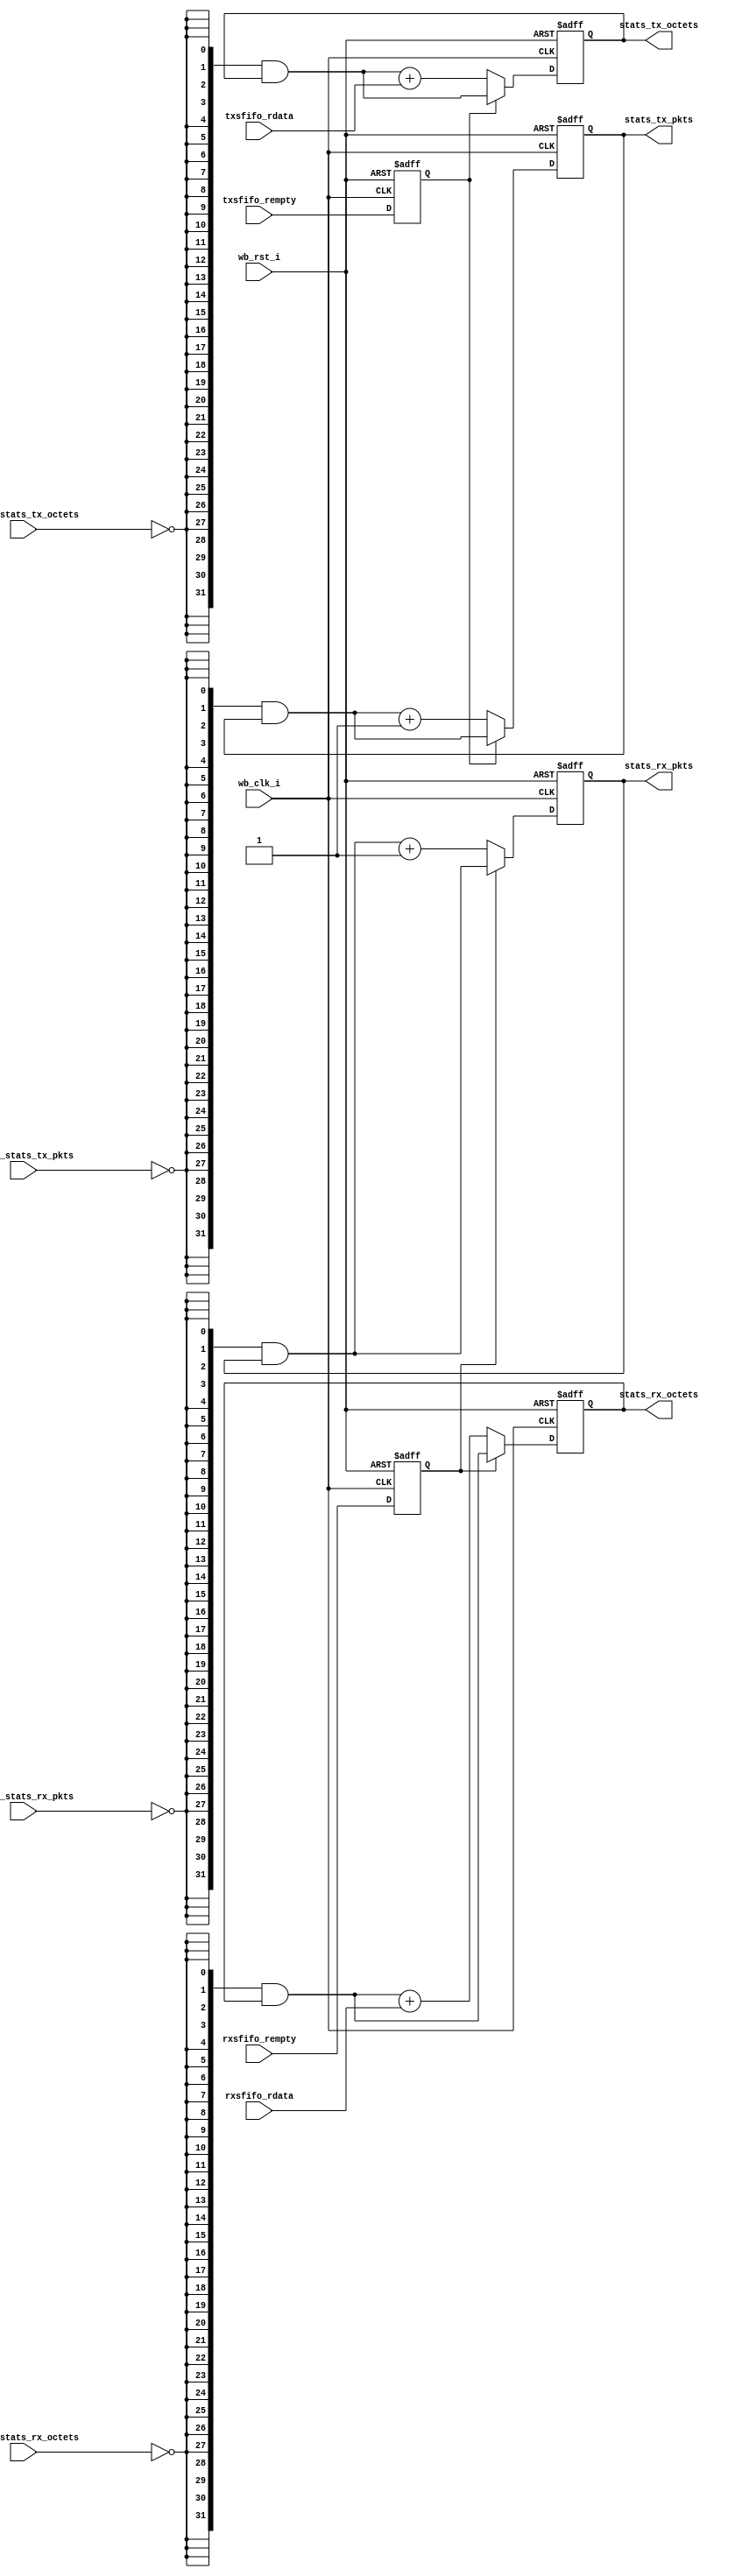
module stats_sm(/*AUTOARG*/
  // Outputs
  stats_tx_octets, stats_tx_pkts, stats_rx_octets, stats_rx_pkts,
  // Inputs
  wb_clk_i, wb_rst_i, txsfifo_rdata, txsfifo_rempty, rxsfifo_rdata,
  rxsfifo_rempty, clear_stats_tx_octets, clear_stats_tx_pkts,
  clear_stats_rx_octets, clear_stats_rx_pkts
  );


input         wb_clk_i;
input         wb_rst_i;

input  [13:0] txsfifo_rdata;
input         txsfifo_rempty;

input  [13:0] rxsfifo_rdata;
input         rxsfifo_rempty;

output [31:0] stats_tx_octets;
output [31:0] stats_tx_pkts;

output [31:0] stats_rx_octets;
output [31:0] stats_rx_pkts;

input         clear_stats_tx_octets;
input         clear_stats_tx_pkts;
input         clear_stats_rx_octets;
input         clear_stats_rx_pkts;

/*AUTOREG*/
// Beginning of automatic regs (for this module's undeclared outputs)
reg [31:0]              stats_rx_octets;
reg [31:0]              stats_rx_pkts;
reg [31:0]              stats_tx_octets;
reg [31:0]              stats_tx_pkts;
// End of automatics


/*AUTOWIRE*/

reg           txsfifo_rempty_d1;
reg           rxsfifo_rempty_d1;

reg [31:0]    next_stats_tx_octets;
reg [31:0]    next_stats_tx_pkts;

reg [31:0]    next_stats_rx_octets;
reg [31:0]    next_stats_rx_pkts;

always @(posedge wb_clk_i or posedge wb_rst_i) begin

    if (wb_rst_i == 1'b1) begin

        txsfifo_rempty_d1 <= 1'b1;
        rxsfifo_rempty_d1 <= 1'b1;

        stats_tx_octets <= 32'b0;
        stats_tx_pkts <= 32'b0;

        stats_rx_octets <= 32'b0;
        stats_rx_pkts <= 32'b0;

    end
    else begin

        txsfifo_rempty_d1 <= txsfifo_rempty;
        rxsfifo_rempty_d1 <= rxsfifo_rempty;

        stats_tx_octets <= next_stats_tx_octets;
        stats_tx_pkts <= next_stats_tx_pkts;

        stats_rx_octets <= next_stats_rx_octets;
        stats_rx_pkts <= next_stats_rx_pkts;

    end

end

always @(/*AS*/clear_stats_rx_octets or clear_stats_rx_pkts
         or clear_stats_tx_octets or clear_stats_tx_pkts
         or rxsfifo_rdata or rxsfifo_rempty_d1 or stats_rx_octets
         or stats_rx_pkts or stats_tx_octets or stats_tx_pkts
         or txsfifo_rdata or txsfifo_rempty_d1) begin

    next_stats_tx_octets = {32{~clear_stats_tx_octets}} & stats_tx_octets;
    next_stats_tx_pkts = {32{~clear_stats_tx_pkts}} & stats_tx_pkts;

    next_stats_rx_octets = {32{~clear_stats_rx_octets}} & stats_rx_octets;
    next_stats_rx_pkts = {32{~clear_stats_rx_pkts}} & stats_rx_pkts;

    if (!txsfifo_rempty_d1) begin
        next_stats_tx_octets = next_stats_tx_octets + {18'b0, txsfifo_rdata};
        next_stats_tx_pkts = next_stats_tx_pkts + 32'b1;
    end

    if (!rxsfifo_rempty_d1) begin
        next_stats_rx_octets = next_stats_rx_octets + {18'b0, rxsfifo_rdata};
        next_stats_rx_pkts = next_stats_rx_pkts + 32'b1;
    end

end

endmodule